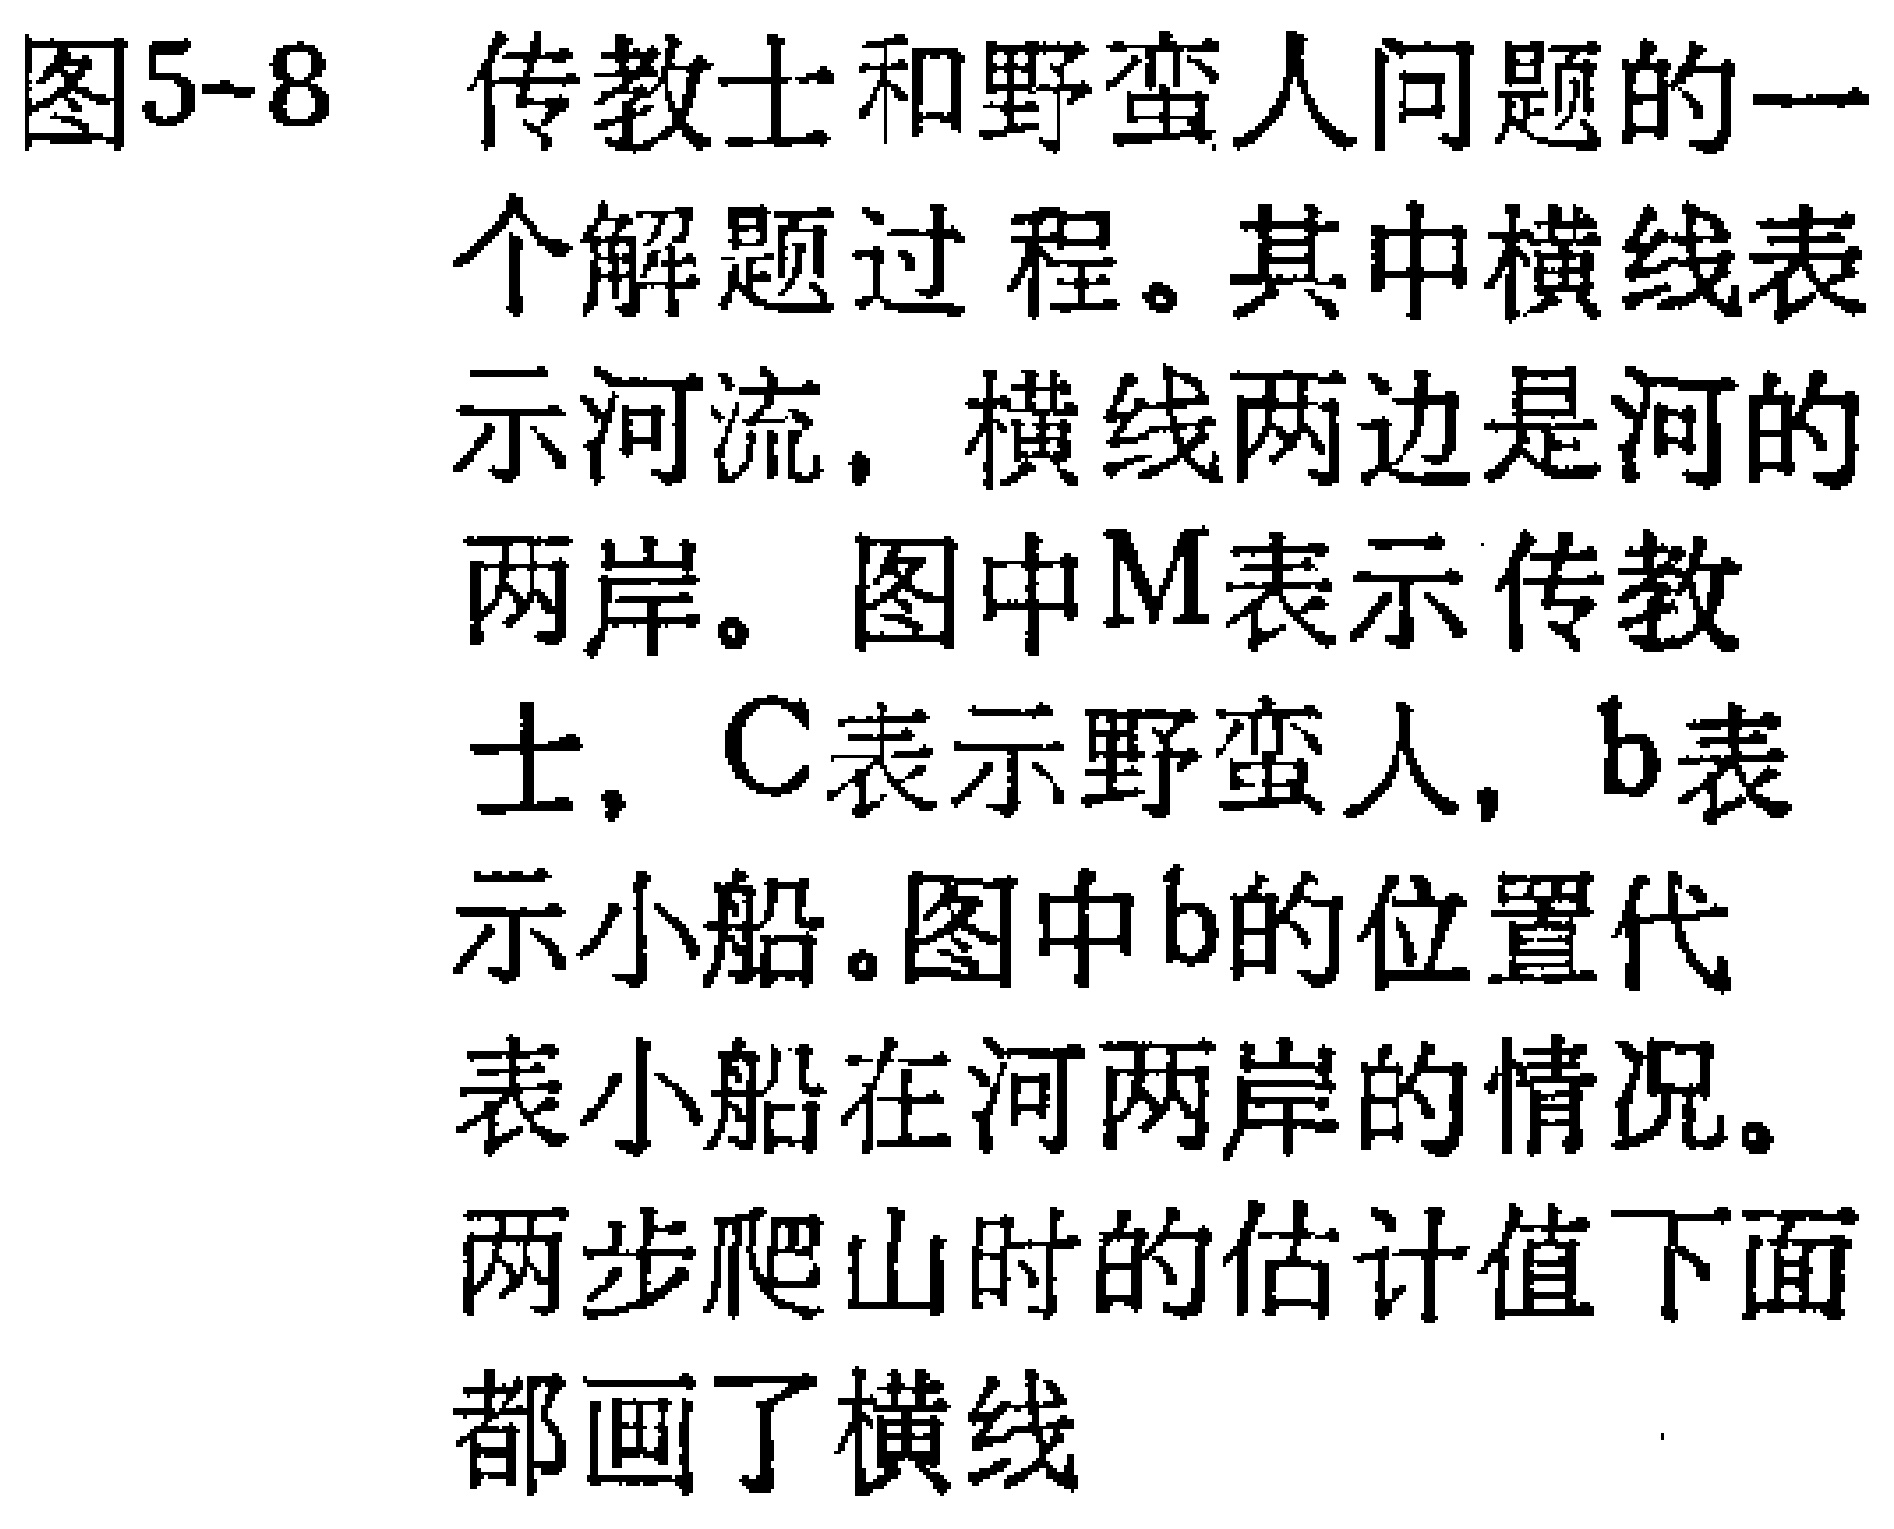
图5-8 传教士和野蛮人问题的一个解题过程。其中横线表示河流，横线两边是河的两岸。图中M表示传教士，C表示野蛮人，b表示小船。图中b的位置代表小船在河两岸的情况。两步爬山时的估计值下面都画了横线